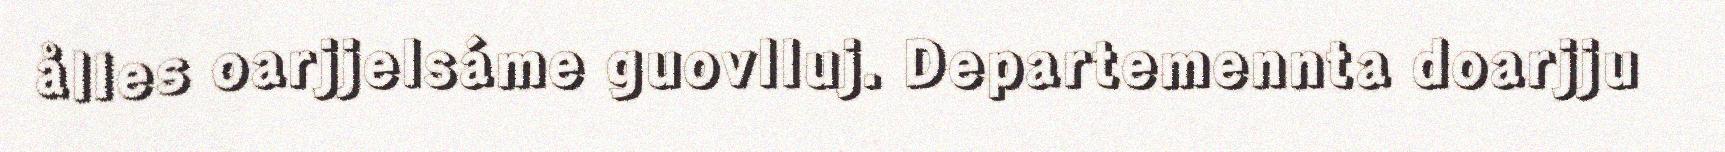
ålles oarjjelsáme guovlluj. Departemennta doarjju